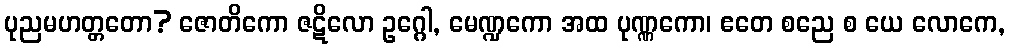
ပုညမဟတ္တတော? ဇောတိကော ဇဋိလော ဥဂ္ဂေါ, မေဏ္ဍကော အထ ပုဏ္ဏကော၊ ဧတေ စညေ စ ယေ လောကေ,